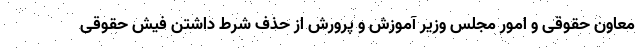
معاون حقوقی و امور مجلس وزیر آموزش و پرورش از حذف شرط داشتن فیش حقوقی